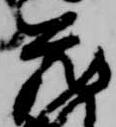
蔵